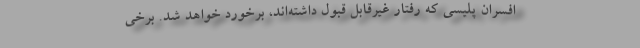
افسران پلیسی که رفتار غیرقابل قبول داشته‌اند، برخورد خواهد شد. برخی